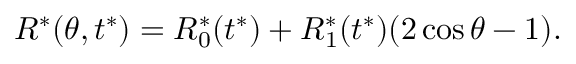
R ^ { * } ( \theta , t ^ { * } ) = R _ { 0 } ^ { * } ( t ^ { * } ) + R _ { 1 } ^ { * } ( t ^ { * } ) ( 2 \cos \theta - 1 ) .